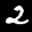
Label: 2